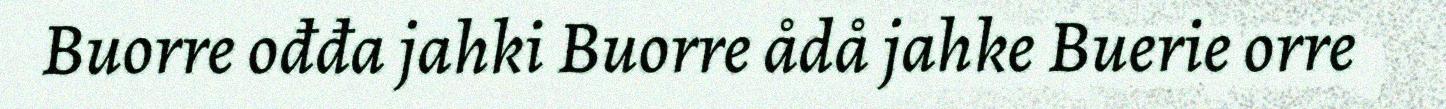
Buorre ođđa jahki Buorre ådå jahke Buerie orre